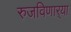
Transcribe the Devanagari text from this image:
रुजविणार्‍या